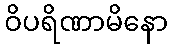
ဝိပရိဏာမိနော